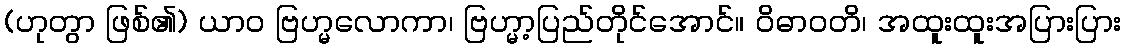
(ဟုတွာ ဖြစ်၏) ယာဝ ဗြဟ္မလောကာ၊ ဗြဟ္မာ့ပြည်တိုင်အောင်။ ဝိဓာဝတိ၊ အထူးထူးအပြားပြား